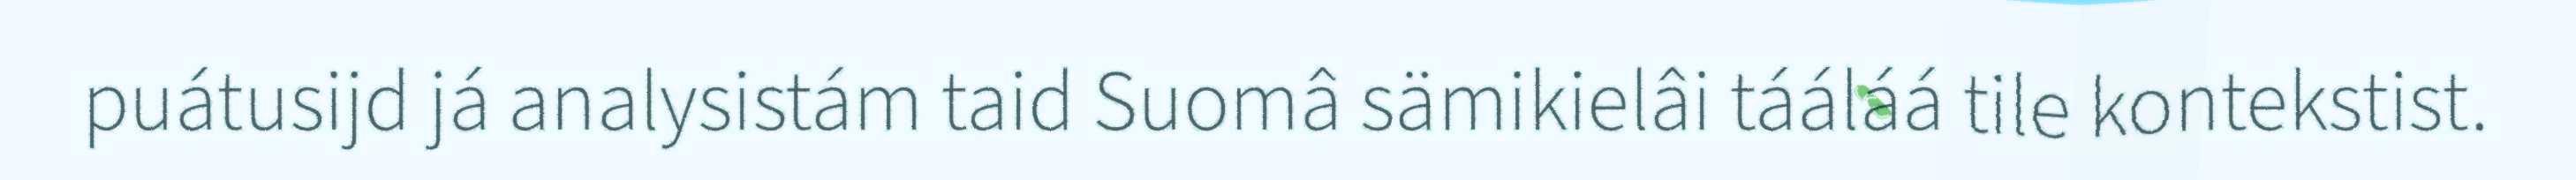
puátusijd já analysistám taid Suomâ sämikielâi tááláá tile kontekstist.